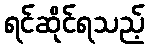
ရင်ဆိုင်ရသည့်